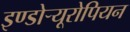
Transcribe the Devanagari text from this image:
इण्डोऱ्यूरोपियन